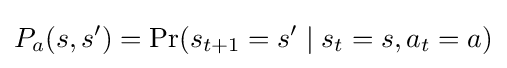
P_{a}(s,s')=\Pr(s_{t+1}=s'\mid s_{t}=s,a_{t}=a)